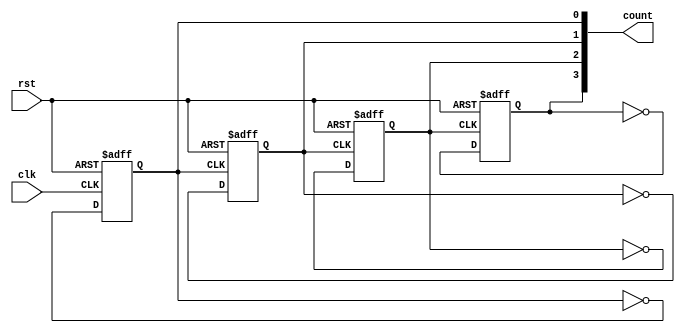
module async_ripple_counter #(
    parameter N = 4  // Number of bits (default is 4 bits)
)(
    input wire clk,   // Clock input for the first flip-flop
    input wire rst,   // Asynchronous reset signal
    output reg [N-1:0] count // N-bit counter output
);

// Generate T flip-flops
genvar i;
generate
    for (i = 0; i < N; i = i + 1) begin : t_flip_flop
        if (i == 0) begin
            // The first T flip-flop is clocked by the external clock
            always @(posedge clk or posedge rst) begin
                if (rst) begin
                    count[i] <= 1'b0; // Reset to 0
                end else begin
                    count[i] <= ~count[i]; // Toggle state
                end
            end
        end else begin
            // Subsequent T flip-flops are clocked by the output of the previous one
            always @(posedge count[i-1] or posedge rst) begin
                if (rst) begin
                    count[i] <= 1'b0; // Reset to 0
                end else begin
                    count[i] <= ~count[i]; // Toggle state
                end
            end
        end
    end
endgenerate

endmodule